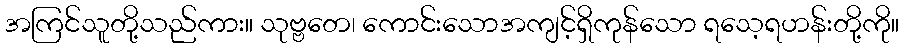
အကြင်သူတို့သည်ကား။ သုဗ္ဗတေ၊ ကောင်းသောအကျင့်ရှိကုန်သော ရသေ့ရဟန်းတို့ကို။